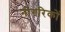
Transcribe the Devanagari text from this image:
नीगरिकों